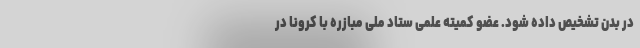
در بدن تشخیص داده شود. عضو کمیته علمی ستاد ملی مبازره با کرونا در